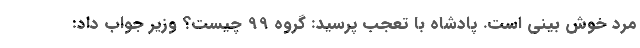
مرد خوش بینی است. پادشاه با تعجب پرسید: گروه 99 چیست؟ وزیر جواب داد: